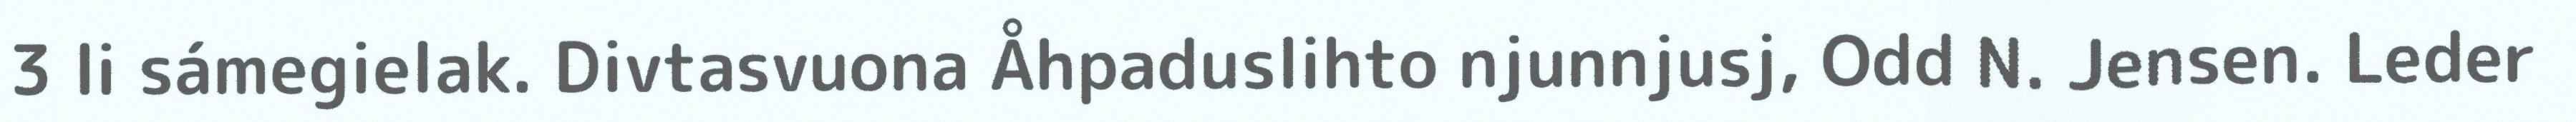
3 li sámegielak. Divtasvuona Åhpaduslihto njunnjusj, Odd N. Jensen. Leder